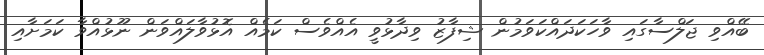
ބޭއްވި ޖަލްސާގައި ވާހަކަދައްކަވަމުން ޝިފާޒު ވިދާޅުވީ އެއްވެސް ކަމެއް އޮޅުވާލައްވަން ނޫޅުއްވާ ކަމަށާއި